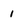
Character: 1